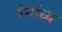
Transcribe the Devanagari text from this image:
रंगांध्य